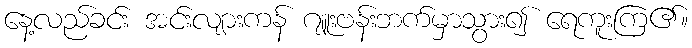
နေ့လည်ခင်း အင်းလျားကန် ဂျူးဗန်းဘက်မှာသွား၍ ရေကူးကြ၏။